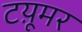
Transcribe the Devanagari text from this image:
टय़ूमर